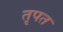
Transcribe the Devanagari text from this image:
तृपत